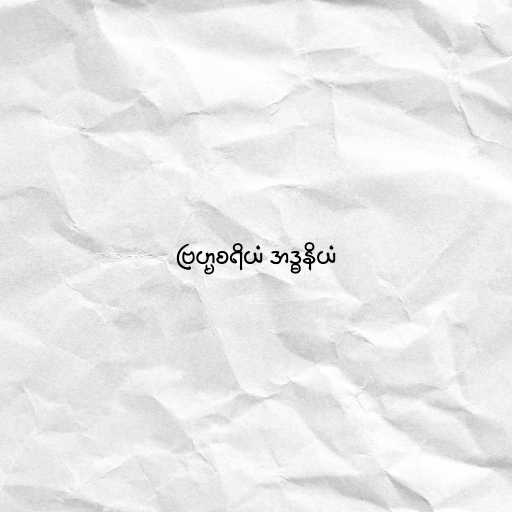
ဗြဟ္မစရိယံ အဒ္ဓနိယံ